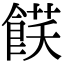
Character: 𩜈